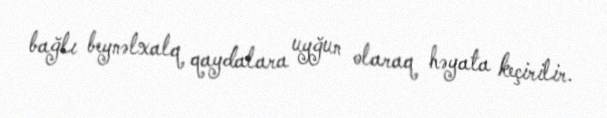
bağlı beynəlxalq qaydalara uyğun olaraq həyata keçirilir.